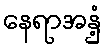
နေရာအနှံ့